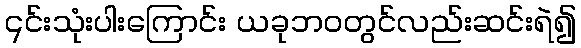
၎င်းသုံးပါးကြောင်း ယခုဘဝတွင်လည်းဆင်းရဲ၍